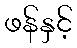
ဖန်နှင့်